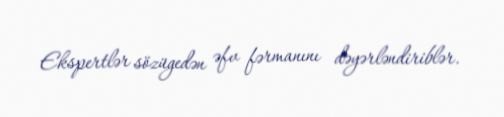
Ekspertlər sözügedən əfv fərmanını dəyərləndiriblər.